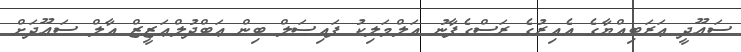
ސަޢޫދީ ޢަރަބިއްޔާގެ އެއިރުގެ ރަސްގެފާނު އަލްމަލިކު ފައިޞަލް ބިން ޢަބްދުލްޢަޒީޒް އާލް ސަޢޫދަށް